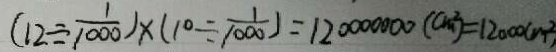
( 1 2 \div \frac { 1 } { 1 0 0 0 } ) \times ( 1 0 \div \frac { 1 } { 1 0 0 0 } ) = 1 2 0 0 0 0 0 0 0 ( c m ^ { 2 } ) = 1 2 0 0 0 ( m ^ { 2 } )